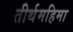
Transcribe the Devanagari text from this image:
तीर्थमहिमा